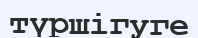
түршігуге